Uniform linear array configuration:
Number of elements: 48
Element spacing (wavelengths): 0.75
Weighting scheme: hamming
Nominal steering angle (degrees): -60
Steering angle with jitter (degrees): -58.927
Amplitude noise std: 0.05
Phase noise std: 0.05

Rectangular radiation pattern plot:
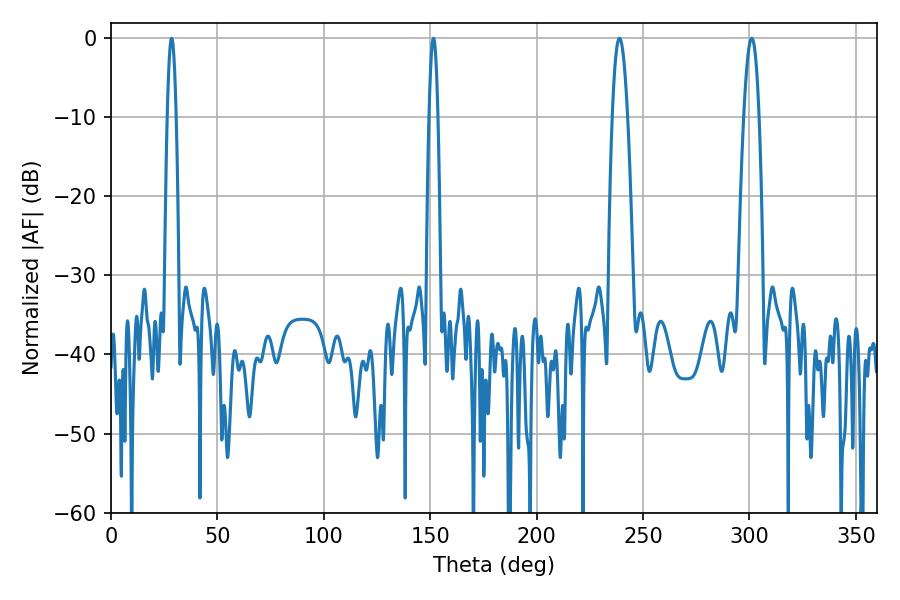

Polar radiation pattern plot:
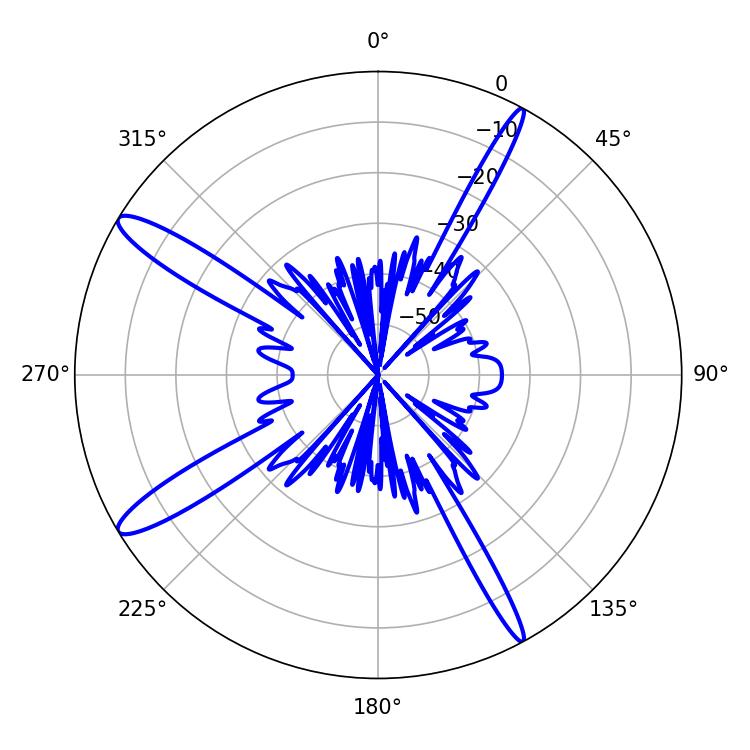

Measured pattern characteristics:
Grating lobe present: TRUE
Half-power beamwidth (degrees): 3.96
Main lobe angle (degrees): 238.86